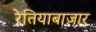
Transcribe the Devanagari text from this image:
रेतियाबाज़ार